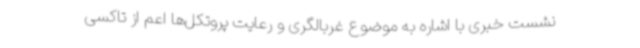
نشست خبری با اشاره به موضوع غربالگری و رعایت پروتکل‌ها اعم از تاکسی